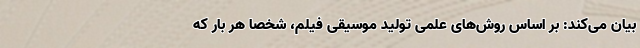
بیان می‌کند: بر اساس روش‌های علمی تولید موسیقی فیلم، شخصا هر بار که